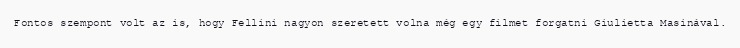
Fontos szempont volt az is, hogy Fellini nagyon szeretett volna még egy filmet forgatni Giulietta Masinával.